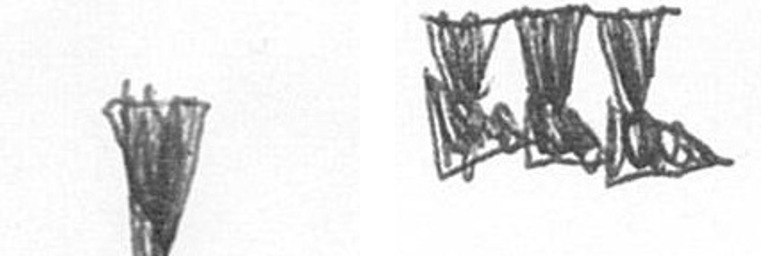
J D